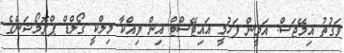
ވަގުތު އިމޭޖަސް: އަމީން ފަހުމީ އައިޓޭސްޓް އިން ވިއްކާ މިލްކީ ގޯލްޑް ޕްރޮމޯޝަންގެ